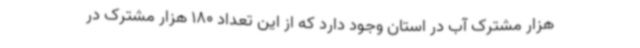
هزار مشترک آب در استان وجود دارد که از این تعداد 180 هزار مشترک در